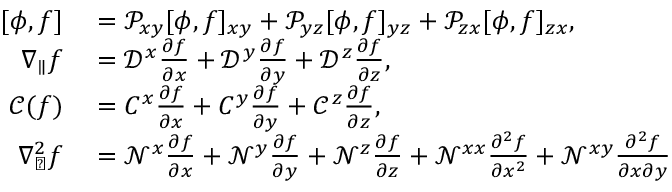
\begin{array} { r l } { [ \phi , f ] } & { { } = \mathcal { P } _ { x y } [ \phi , f ] _ { x y } + \mathcal { P } _ { y z } [ \phi , f ] _ { y z } + \mathcal { P } _ { z x } [ \phi , f ] _ { z x } , } \\ { \nabla _ { \parallel } f } & { { } = \mathcal { D } ^ { x } \frac { \partial f } { \partial x } + \mathcal { D } ^ { y } \frac { \partial f } { \partial y } + \mathcal { D } ^ { z } \frac { \partial f } { \partial z } , } \\ { \mathcal { C } ( f ) } & { { } = C ^ { x } \frac { \partial f } { \partial x } + C ^ { y } \frac { \partial f } { \partial y } + \mathcal { C } ^ { z } \frac { \partial f } { \partial z } , } \\ { \nabla _ { \perp } ^ { 2 } f } & { { } = \mathcal { N } ^ { x } \frac { \partial f } { \partial x } + \mathcal { N } ^ { y } \frac { \partial f } { \partial y } + \mathcal { N } ^ { z } \frac { \partial f } { \partial z } + \mathcal { N } ^ { x x } \frac { \partial ^ { 2 } f } { \partial x ^ { 2 } } + \mathcal { N } ^ { x y } \frac { \partial ^ { 2 } f } { \partial x \partial y } } \end{array}